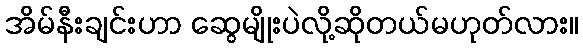
အိမ်နီးချင်းဟာ ဆွေမျိုးပဲလို့ဆိုတယ်မဟုတ်လား။